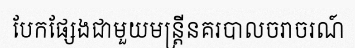
បែកផ្សែងជាមួយមន្ត្រីនគរបាលចរាចរណ៍